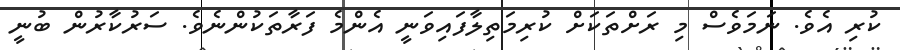
ކުރި އެވެ. ނަމަވެސް މި ރަށްތަކަށް ކުރިމަތިލާފައިވަނީ އެންމެ ފަރާތަކުންނެވެ. ސަރުކާރުން ބުނީ